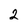
Character: 2